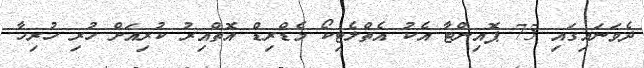
ދެވަނައިގައި 75 ޕޮއިންޓާ އެކު އެތްލެޓިކޯ މެޑްރިޑް އޮތްއިރު ކުރިއަށް ހުރި ހުރިހާ